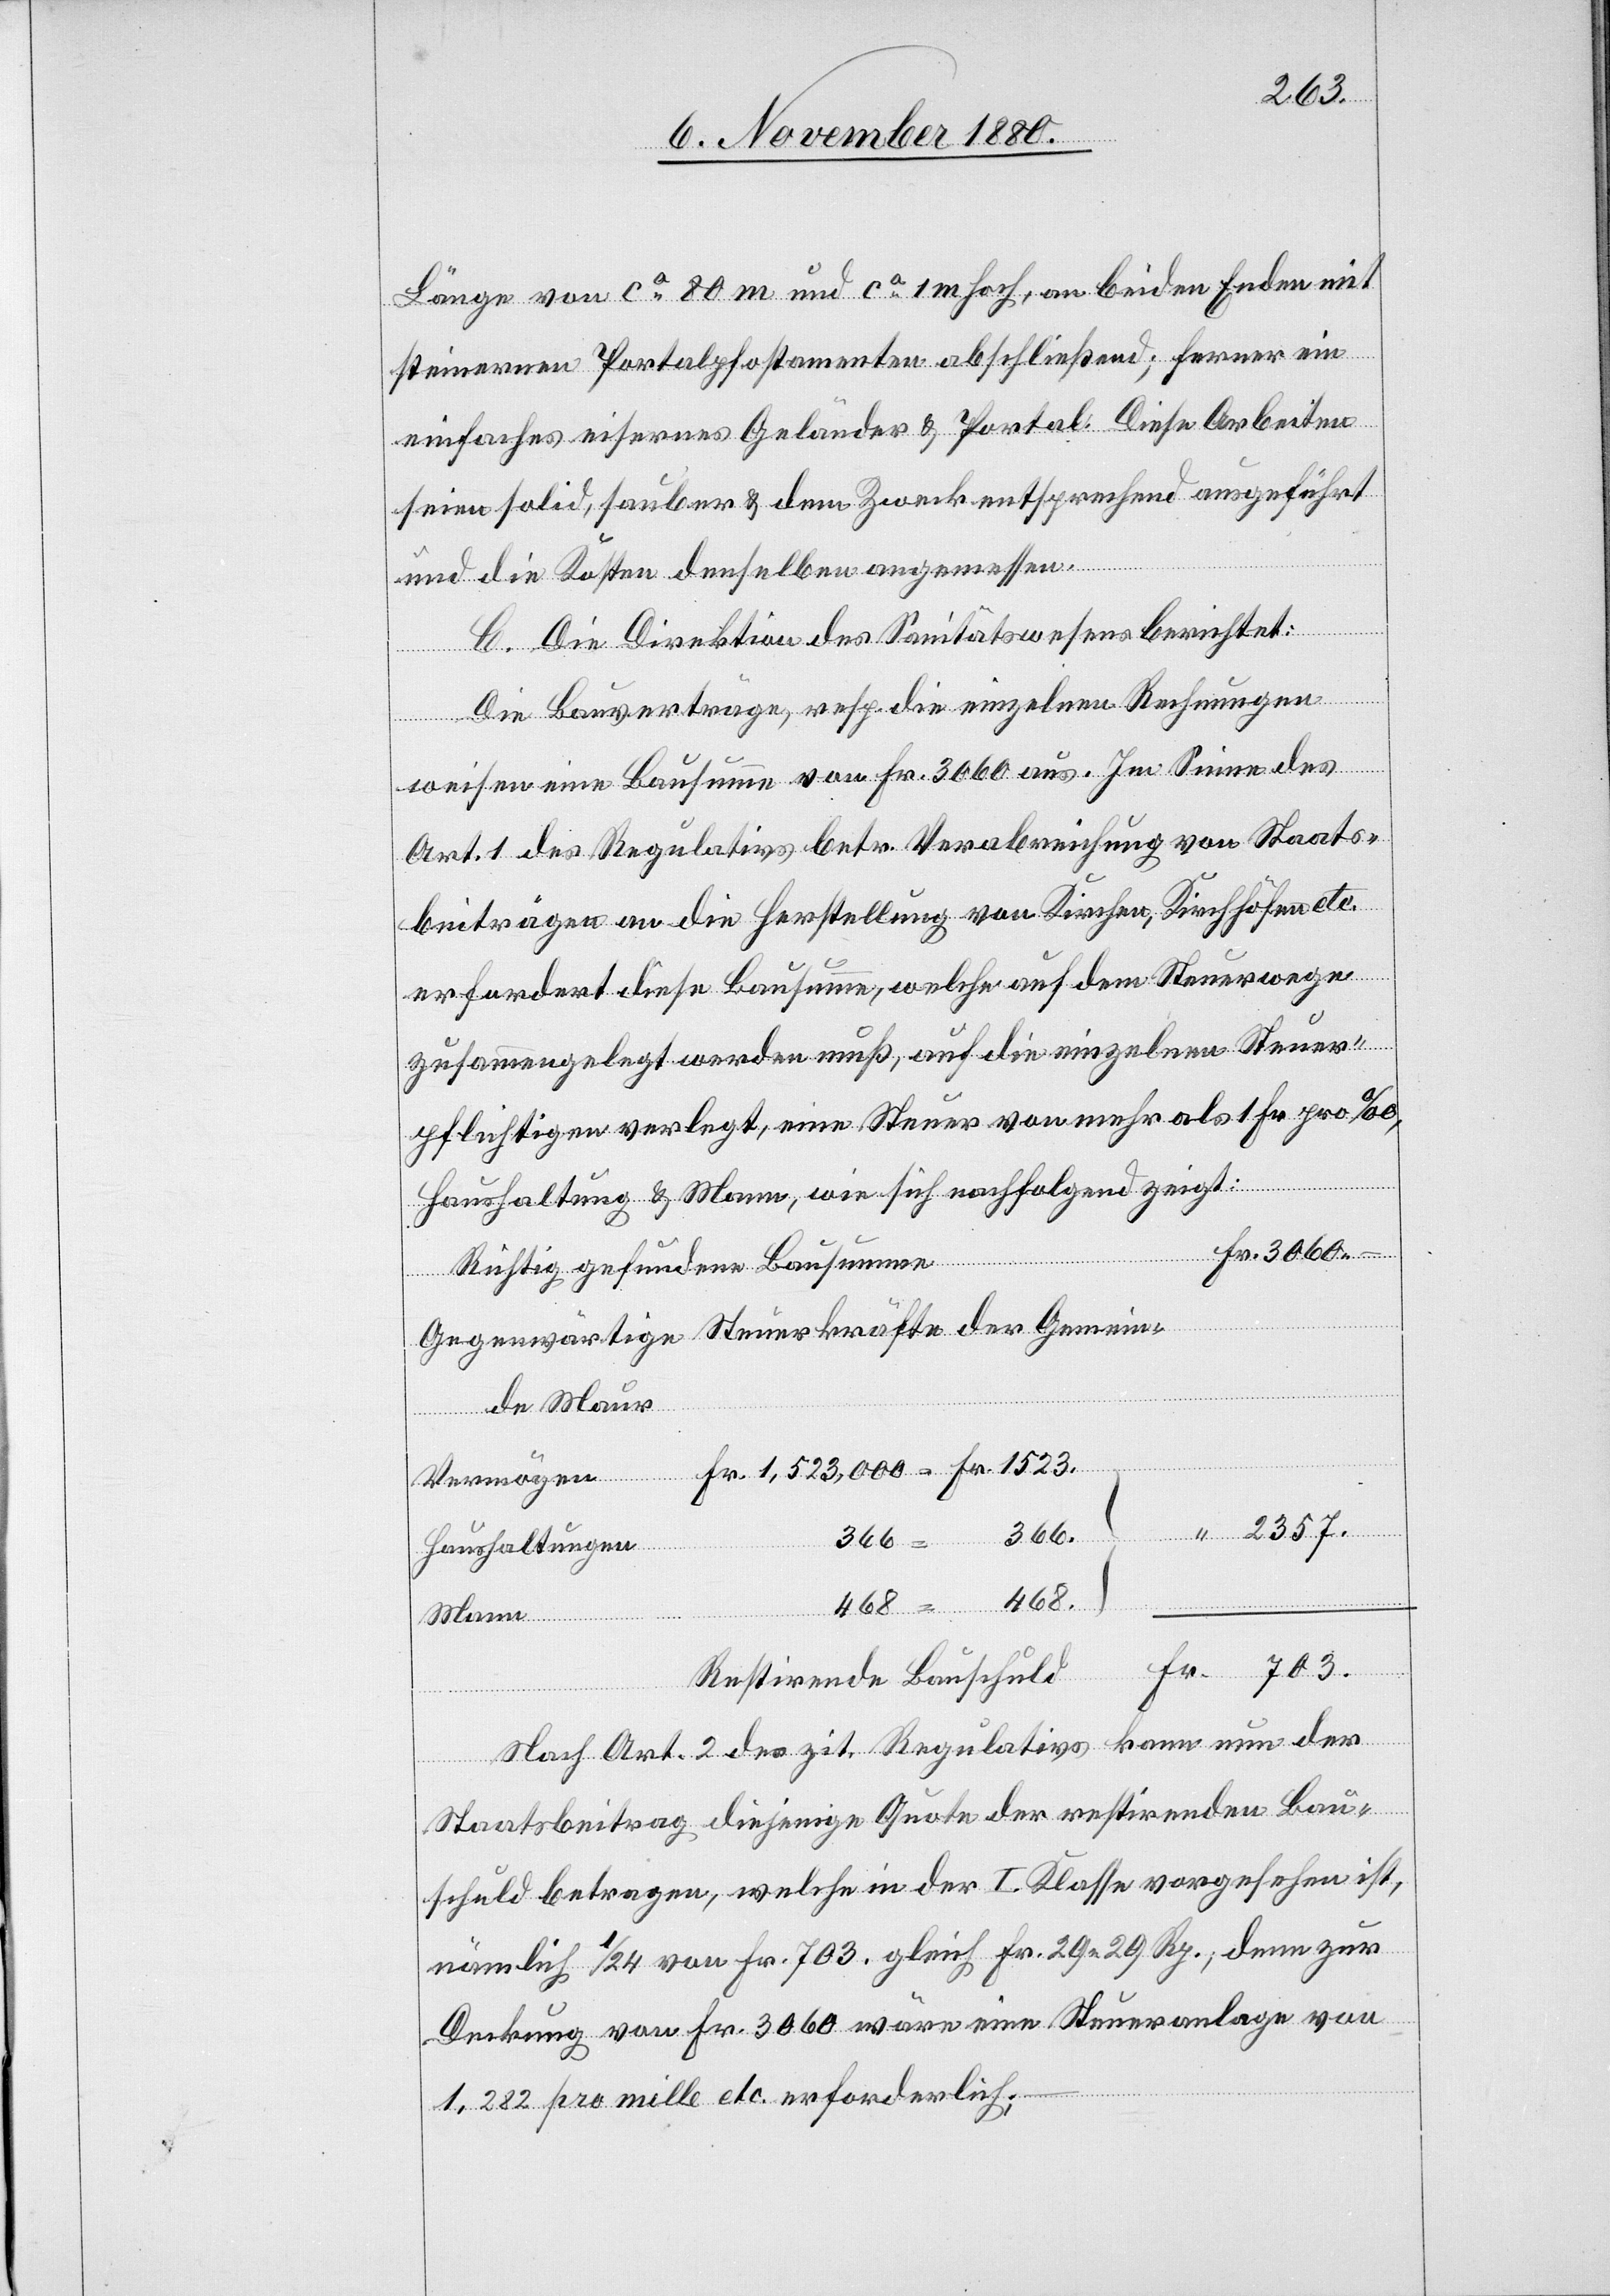
Länge von ca 80 m und ca 1 m hoch, an beiden Enden mit
steinernen Portalpfostamenten abschließend; ferner ein
einfaches eisernes Geländer & Portal. Diese Arbeiten
seien solid, sauber & dem Zweck entsprechend ausgeführt
und die Kosten denselben angemessen.
C. Die Direktion des Sanitätswesens berichtet:
Die Bauverträge, resp. die einzelnen Rechnungen
Bauschuld
“
weisen eine Bausumme von Fr. 3600 aus. Im Sinne des
Art. 1 des Regulativs betr. Verabreichung von Staats¬
beiträgen an die Herstellung von Kirchen, Kirchhöfen etc.
erfordert diese Bausumme, welche auf dem Steuerwege
zusammengelegt werden muß, auf die einzelnen Steuer¬
pflichtigen verlegt, eine Steuer von mehr als 1 Fr. pro ‰,
Haushaltung & Mann, wie sich nachfolgend zeigt:
Richtig gefundene Bausumme
703.
Gegenwärtige Steuerkräfte der Gemein¬
de Maur
Vermögen
366.
Haushaltungen
468.
Mann
Nach Art. 2 des zit. Regulativs kann nun der
Staatsbeitrag diejenige Quote der restirenden Bau¬
schuld betragen, welche in der I. Klasse vorgesehen ist,
nämlich 1/24 von Fr. 703 gleich Fr. 29 29 Rp., denn zur
Deckung von Fr. 3060 wäre eine Steueranlage von
1,282 pro mille etc. erforderlich;